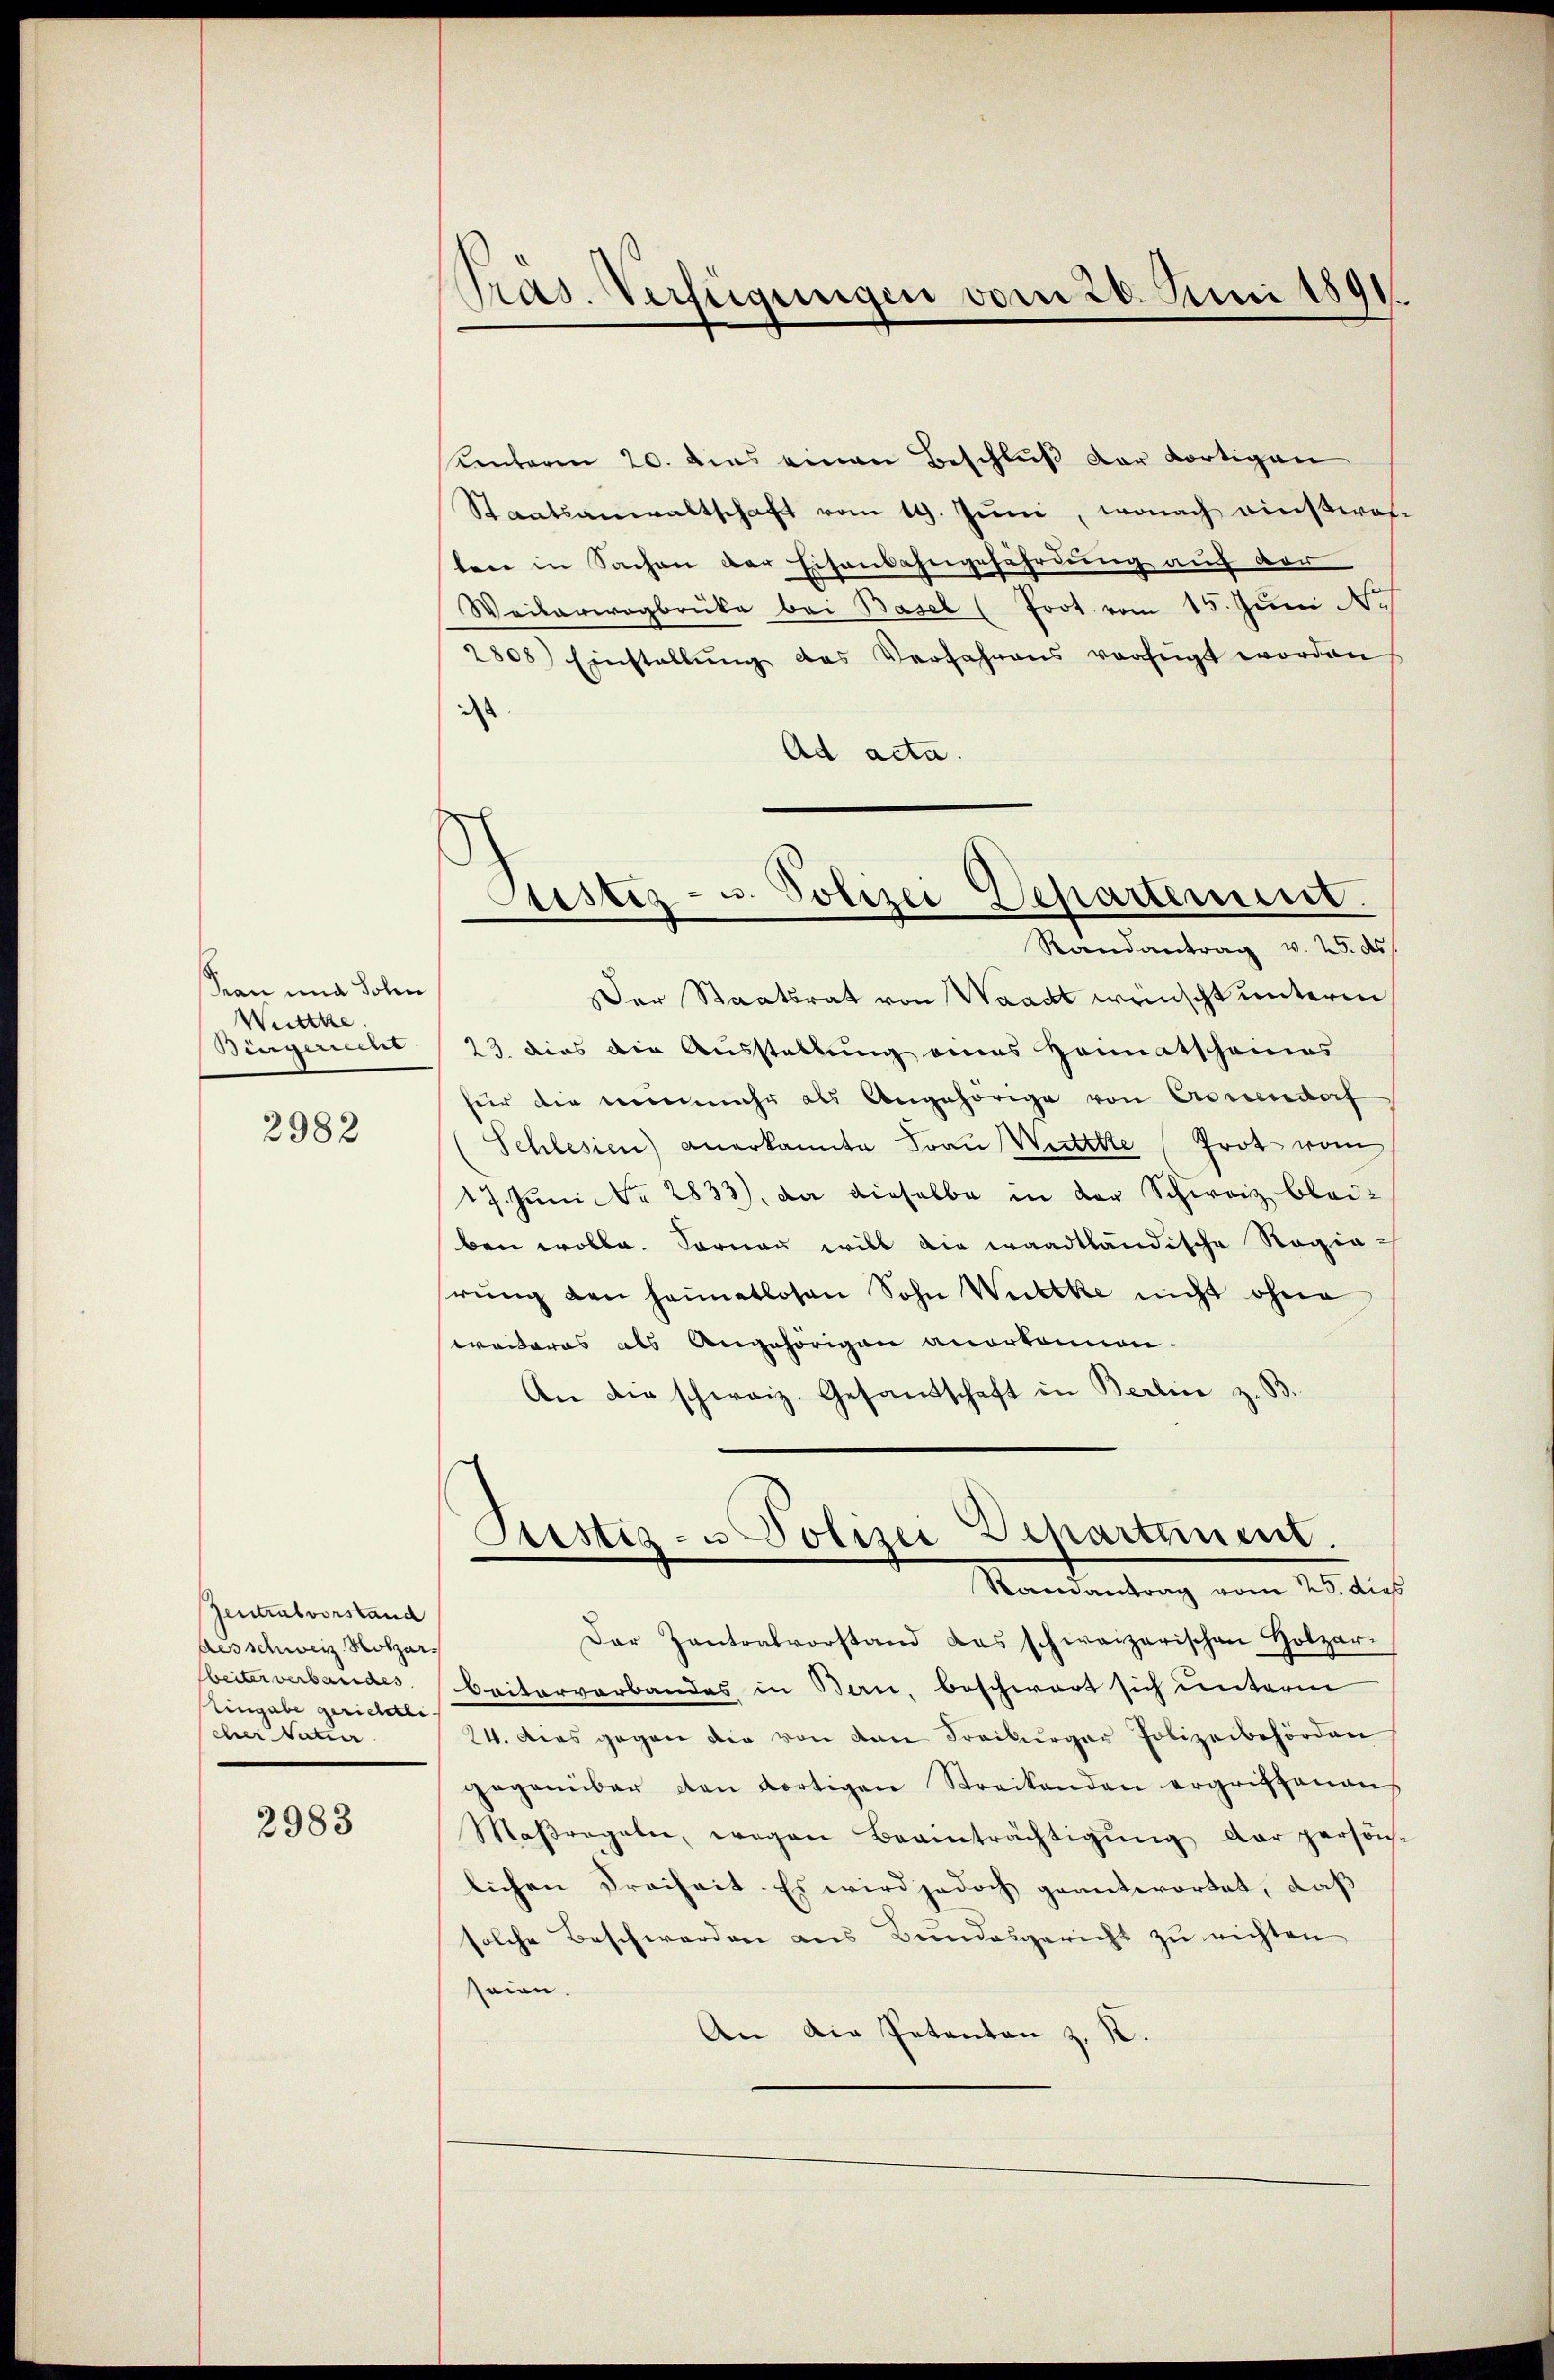
ean und Solen
Weittke
Bürgerrecht

2982

Zentralvorstand
Aesschweiz. Rotzarbeiter verbandes
Eingabe gerichtli
eher Vater

2983

Präs. Verfügungen vom 20. Juni 1891.

Kenterm 20. dies einen Beschluß der dortigen
Staatsanwaltschaft vom 19. Juni, wonach einstwoh-
ten in Sachen der Eisenbahngefährdung auch der
Weiterwogbrüke bei Basel (Toot vom 15. Juni N.
2808) Einstellŭng des Verfahrens verfügt worden
d
Ad acta.

Justiz- u. Polizei Separtement.
Randantrag v. 25. ds.

Der Staatsrat von Waadt wünscht unterm
23. dies die Ausstellung eines Heimatscheines
für die nunmehr als Angehörige von Ascendorf
Schlesien) Anerkannte Frau Wittete Prot vom
17. Juni d. 2833), da dieselbe in der Schweiz bleiben wolle. Sonnen will die waadtländische Regiarŭng den Heimatlosen Sohn Weltke nicht ohne
weiteres als Angehörigen anerkennen.
An die schweiz. Gesandschaft in Berlin z. B.

Departement.
Justiz- u Polizei
Ramantrag vom 25. dies

Dar Zantralvorstand das schweizerischen Holzar-
beiterverbandes in Bau, beschwart sich unterm
24. Das gegen die von den Freiburger Polizeibehörden
gegenüber den dortigen Streitenden ergriffenens
Maßregeln, wegen Beeinträchtigŭng der persön-
lichen Freiheit. Es wird jedoch geantwortet, daß
solche Beschwerden aus Bundesgericht zu richten
seien.
An die Petenten z. R.